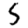
Digit: 5